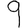
Digit: 9